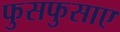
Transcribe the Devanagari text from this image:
फुसफुसाए